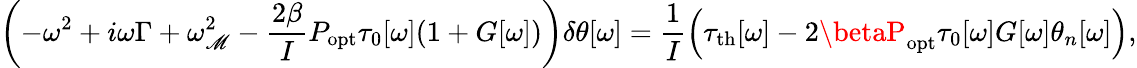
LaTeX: \left(-\omega^{2}+i\omega\Gamma+\omega_{\mathscr{M}}^{2}-\frac{{2\beta}}{{I}}P_{\mathrm{{opt}}}\tau_{0}[\omega](1+G[\omega])\right)\delta\theta[\omega]=\frac{{1}}{{I}}\left(\tau_{\mathrm{{{th}}}}[\omega]-2\betaP_{\mathrm{{opt}}}\tau_{0}[\omega]G[\omega]\theta_{n}[\omega]\right),